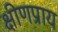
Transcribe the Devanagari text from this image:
क्षीणप्राय